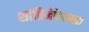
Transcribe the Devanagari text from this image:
शांतिनेकेतनात